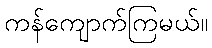
ကန်ကျောက်ကြမယ်။